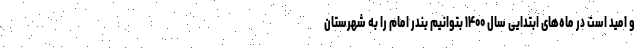
و امید است در ماه‌های ابتدایی سال ۱۴۰۰ بتوانیم بندر امام را به شهرستان